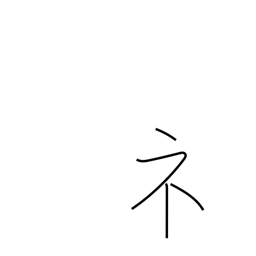
Meaning: showing radical (no. 113)